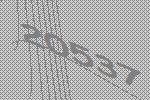
20537